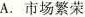
A.市场繁荣